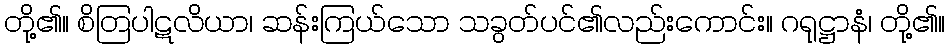
တို့၏။ စိတြပါဋလိယာ၊ ဆန်းကြယ်သော သခွတ်ပင်၏လည်းကောင်း။ ဂရုဋ္ဌာနံ၊ တို့၏။